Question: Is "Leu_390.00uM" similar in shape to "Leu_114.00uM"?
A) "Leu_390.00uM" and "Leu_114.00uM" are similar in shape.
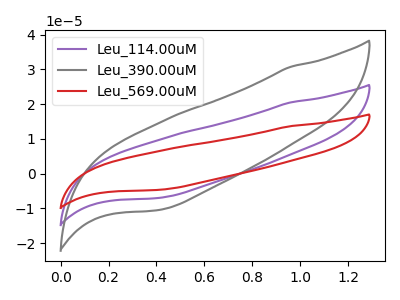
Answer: <think>The purple curve "Leu_114.00uM" has no peaks. The gray curve "Leu_390.00uM" has no peaks. The red curve "Leu_569.00uM" has no peaks.
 Neither "Leu_390.00uM" or "Leu_114.00uM" have any peaks.</think>
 <answer>A) "Leu_390.00uM" and "Leu_114.00uM" are similar in shape.</answer>
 <eval>A</eval>